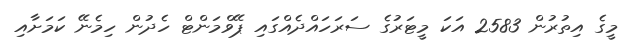
މީގެ އިތުރުން 2583 އަކަ މީޓަރުގެ ސަރަހައްދެއްގައި ޕޭވްމަންޓް ހެދުން ހިމެނޭ ކަމަށާއި